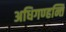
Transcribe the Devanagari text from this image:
अधिगण्हन्ति